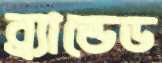
ব্র্যান্ডেড